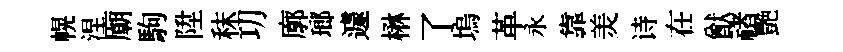
幌涅廟駒陞秣㓛廓瑯遽楙了塢革永靠羙诗在猷禇艷